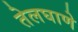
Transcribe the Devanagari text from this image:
तेलघाणे